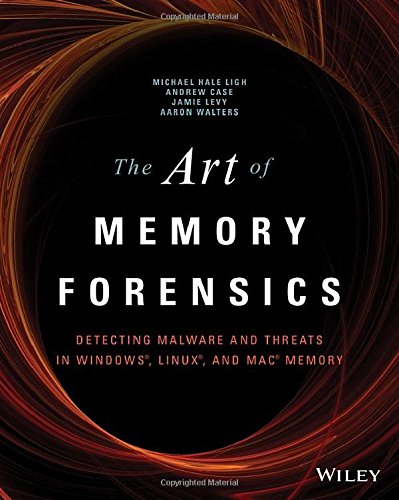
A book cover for The Art of Memory Forensics: Detecting Malware and Threats in Windows, Linux, and Mac Memory; Michael Hale Ligh; Computers & Technology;